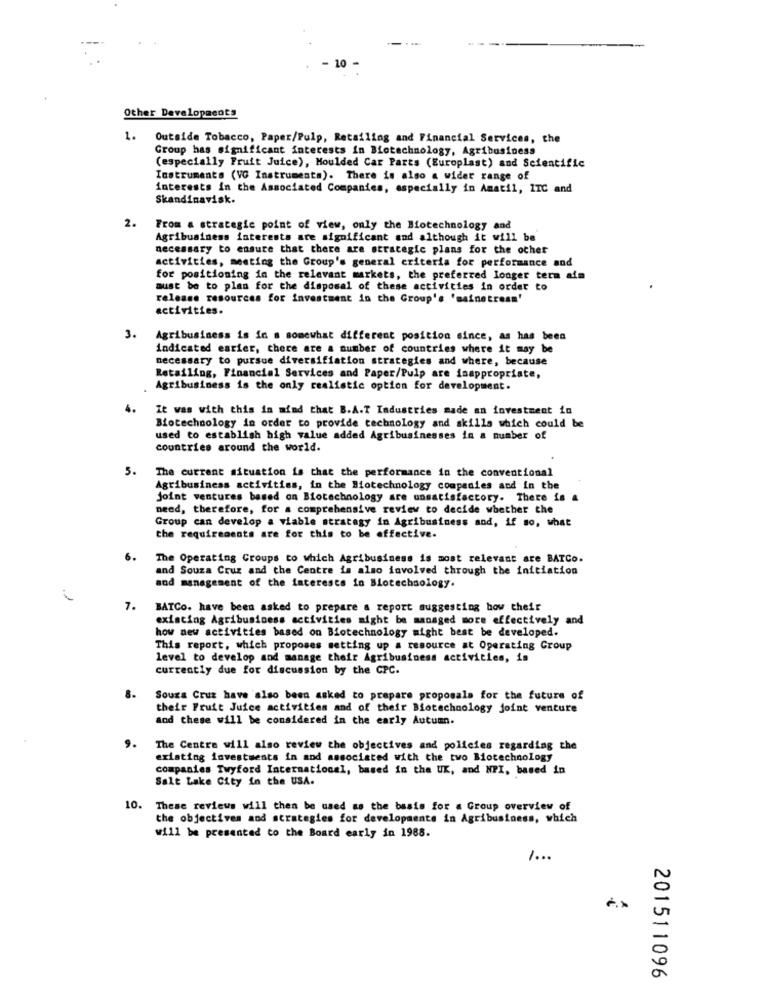
. 10
Other Developments
1.
Outside Tobacco, Paper/Pulp, Retailing and Financial Services, the
Group has significant interests in Biotechnology, Agribusiness
(especially Fruit Juice), Moulded Car Parts (Europlast) and Scientific
Instruments (VG Instruments). There is also a wider range of
interests in the Associated Companies, especially in Amatil, ITC and
Skandinavisk.
2.
From a strategic point of view, only the Biotechnology and
Agribusiness interests are significant and although it will be
necessary to ensure that there are strategie plans for the other
activities, meeting the Group's general criteria for performance and
for positioning in the relevant markets, the preferred longer term aim
must be to plan for the disposal of these activities in order to
release resources for investment in the Group's 'sainetress'
activities.
3.
Agribusiness is in a somewhat different position since, as has been
indicated earier, there are a number of countries where it may be
necessary to pursue diversifiation strategies and where, because
Retailing, Financial Services and Paper/Pulp are isappropriate,
Agribusiness is the only realistic option for development.
It was with this in mind that B.A.T Industries made an investment in
Biotechnology in order to provide technology and skills which could be
used to establish high value added Agribusinesses in a number of
countries around the world.
5.
The current situation is that the performance in the conventional
Agribusiness activities, in the Biotechnology companies and in the
joint ventures based on Biotechnology are unsatisfactory. There is a
need, therefore, for a comprehensive review to decide whether the
Group can develop a viable strategy in Agribusiness and, if so, what
the requirements are for this to be effective.
6.
The Operating Groups to which Agribusiness is most relevant are BATCo.
and Souza Cruz and the Centre is also involved through the initiation
and management of the interests in Biotechnology.
7.
BATCo. have been asked to prepare a report suggesting bow their
existing Agribusiness activities might be managed more effectively and
how new activities based on Biotechnology might best be developed.
This report, which proposes setting up a resource at Operating Group
level to develop and manage their Agribusiness activities, is
currently due for discussion by the CPC.
Souza Cruz have also been asked to prepare proposals for the future of
their Fruit Juice activities and of their Biotechnology joint venture
and these will be considered in the early Autumn.
9.
The Centre will also review the objectives and policies regarding the
existing investments in and associated with the two Biotechnology
companies Twyford International, based in the UK, and NPI, based in
Salt Lake City in the USA.
10. These reviews will then be used as the basis for a Group overview of
the objectives and strategies for developments in Agribusiness, which
will be presented to the Board early in 1988.
1 ...
201511096